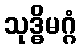
သုဒ္ဓိမဂ္ဂံ